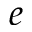
e